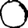
Digit: 0